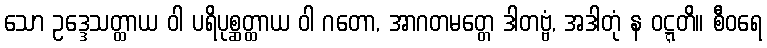
သော ဥဒ္ဒေသတ္ထာယ ဝါ ပရိပုစ္ဆတ္ထာယ ဝါ ဂတော, အာဂတမတ္တေ ဒါတဗ္ဗံ, အဒါတုံ န ဝဋ္ဋတိ။ စီဝရေ